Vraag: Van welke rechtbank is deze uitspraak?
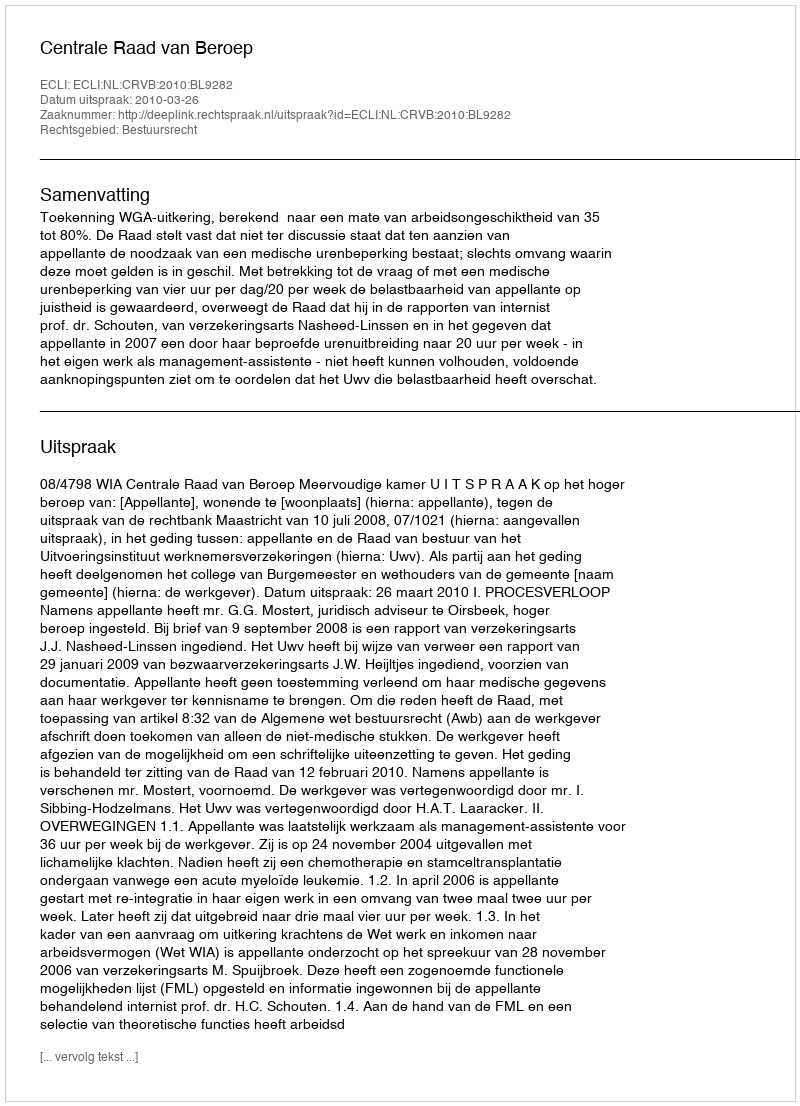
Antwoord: Centrale Raad van Beroep